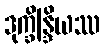
ဒုက္ခိန္ဒြိယဿ